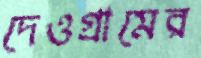
দেওগ্রামের